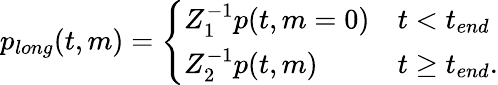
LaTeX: \begin{array}{r}{p_{long}(t,m)=\left\{ \begin{array}{ll}{Z_{1}^{-1}p(t,m=0)}&{t<t_{end}}\\ {Z_{2}^{-1}p(t,m)}&{t\geq t_{end}.}\end{array}\right.}\end{array}